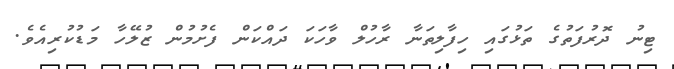
ޓިނު ދޮރުފަތުގެ ތަޅުގައި ހިފާލިތަނާ ރާހުލް ވާހަކަ ދައްކަން ފެށުމުން ޒުލޭހާ މަޑުކުރިއެވެ.